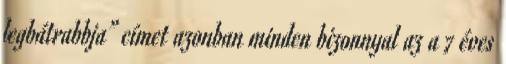
legbátrabbja” címet azonban minden bizonnyal az a 7 éves